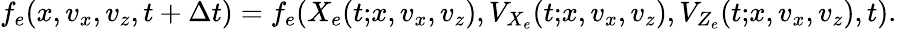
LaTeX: f_{e}(x,v_{x},v_{z},t+\Delta t)=f_{e}(X_{e}(t{;}x,v_{x},v_{z}),V_{X_{e}}(t{;}x,v_{x},v_{z}),V_{Z_{e}}(t{;}x,v_{x},v_{z}),t).